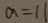
a = 1 1